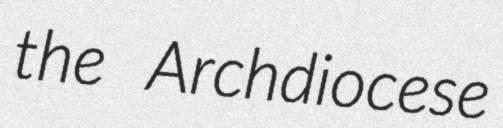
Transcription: the Archdiocese